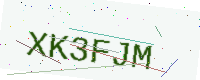
Text: XK3FJM